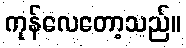
ကုန်လေတော့သည်။